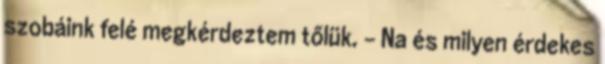
szobáink felé megkérdeztem tőlük. - Na és milyen érdekes